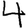
Digit: 4